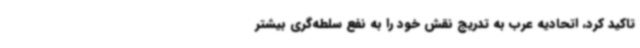
تاکید کرد، اتحادیه عرب به تدریج نقش خود را به نفع سلطه‌گری بیشتر